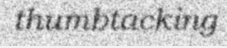
thumbtacking